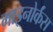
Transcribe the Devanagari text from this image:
माइनोर्कंस